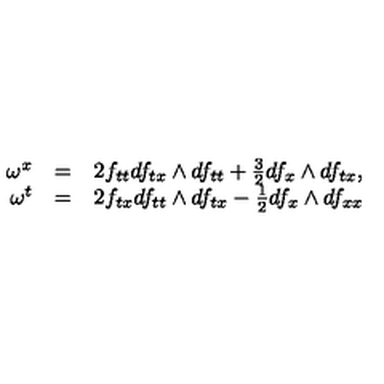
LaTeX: \begin{array} { r c l } { \omega ^ { x } } & { = } & { 2 f _ { t t } d f _ { t x } \wedge d f _ { t t } + \frac { 3 } { 2 } d f _ { x } \wedge d f _ { t x } , } \\ { \omega ^ { t } } & { = } & { 2 f _ { t x } d f _ { t t } \wedge d f _ { t x } - \frac { 1 } { 2 } d f _ { x } \wedge d f _ { x x } } \\ \end{array}